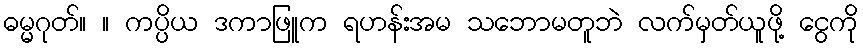
ဓမ္မဂုတ်။ ။ ကပ္ပိယ ဒကာဖြူက ရဟန်းအမ သဘောမတူဘဲ လက်မှတ်ယူဖို့ ငွေကို